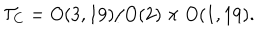
LaTeX: { \cal T } _ { C } = O ( 3 , 1 9 ) / O ( 2 ) \times O ( 1 , 1 9 ) .